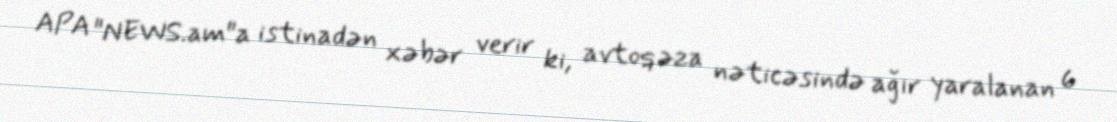
APA "NEWS.am"a istinadən xəbər verir ki, avtoqəza nəticəsində ağır yaralanan 6